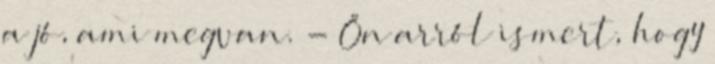
a jó, ami megvan. - Ön arról ismert, hogy